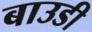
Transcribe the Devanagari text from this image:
बाउडी